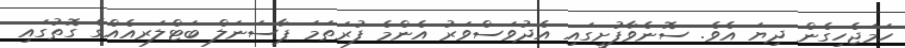
ހަމަޖެހިގެން ދިޔަ އެވެ. ސޮނެވާފުށީގައި އެދުވަސްވަރު އެންމެ ފުރަތަމަ ޕާސަނަލް ބަޓްލަރއެއްގެ ގޮތުގައި